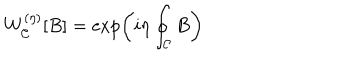
LaTeX: W _ { \cal C } ^ { ( \eta ) } [ B ] = \exp \left( i \eta \oint _ { \cal C } B \right)